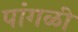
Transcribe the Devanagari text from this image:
पांगळी